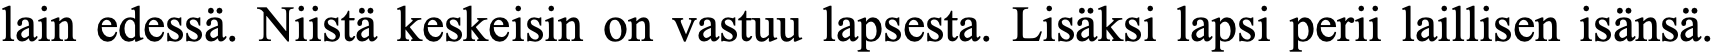
lain edessä. Niistä keskeisin on vastuu lapsesta. Lisäksi lapsi perii laillisen isänsä.